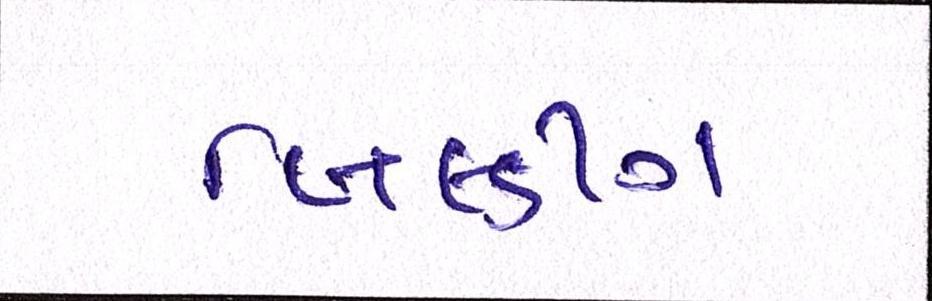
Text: બિલ્ડીંગ